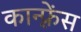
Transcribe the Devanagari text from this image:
कान्‍फ़्रेंस